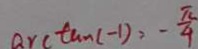
\arctan ( - 1 ) = - \frac { \pi } { 4 }